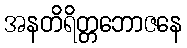
အနတိရိတ္တဘောဇနေ